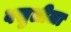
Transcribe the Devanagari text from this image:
वसुलीला